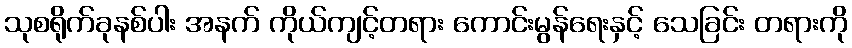
သုစရိုက်ခုနစ်ပါး အနက် ကိုယ်ကျင့်တရား ကောင်းမွန်ရေးနှင့် သေခြင်း တရားကို